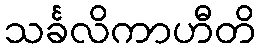
သင်္ခလိကာဟီတိ